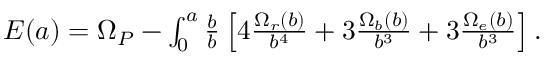
\begin{array} { r } { E ( a ) = \Omega _ { P } - \int _ { 0 } ^ { a } \frac { \d b } { b } \left[ 4 \frac { \Omega _ { r } ( b ) } { b ^ { 4 } } + 3 \frac { \Omega _ { b } ( b ) } { b ^ { 3 } } + 3 \frac { \Omega _ { e } ( b ) } { b ^ { 3 } } \right] . } \end{array}